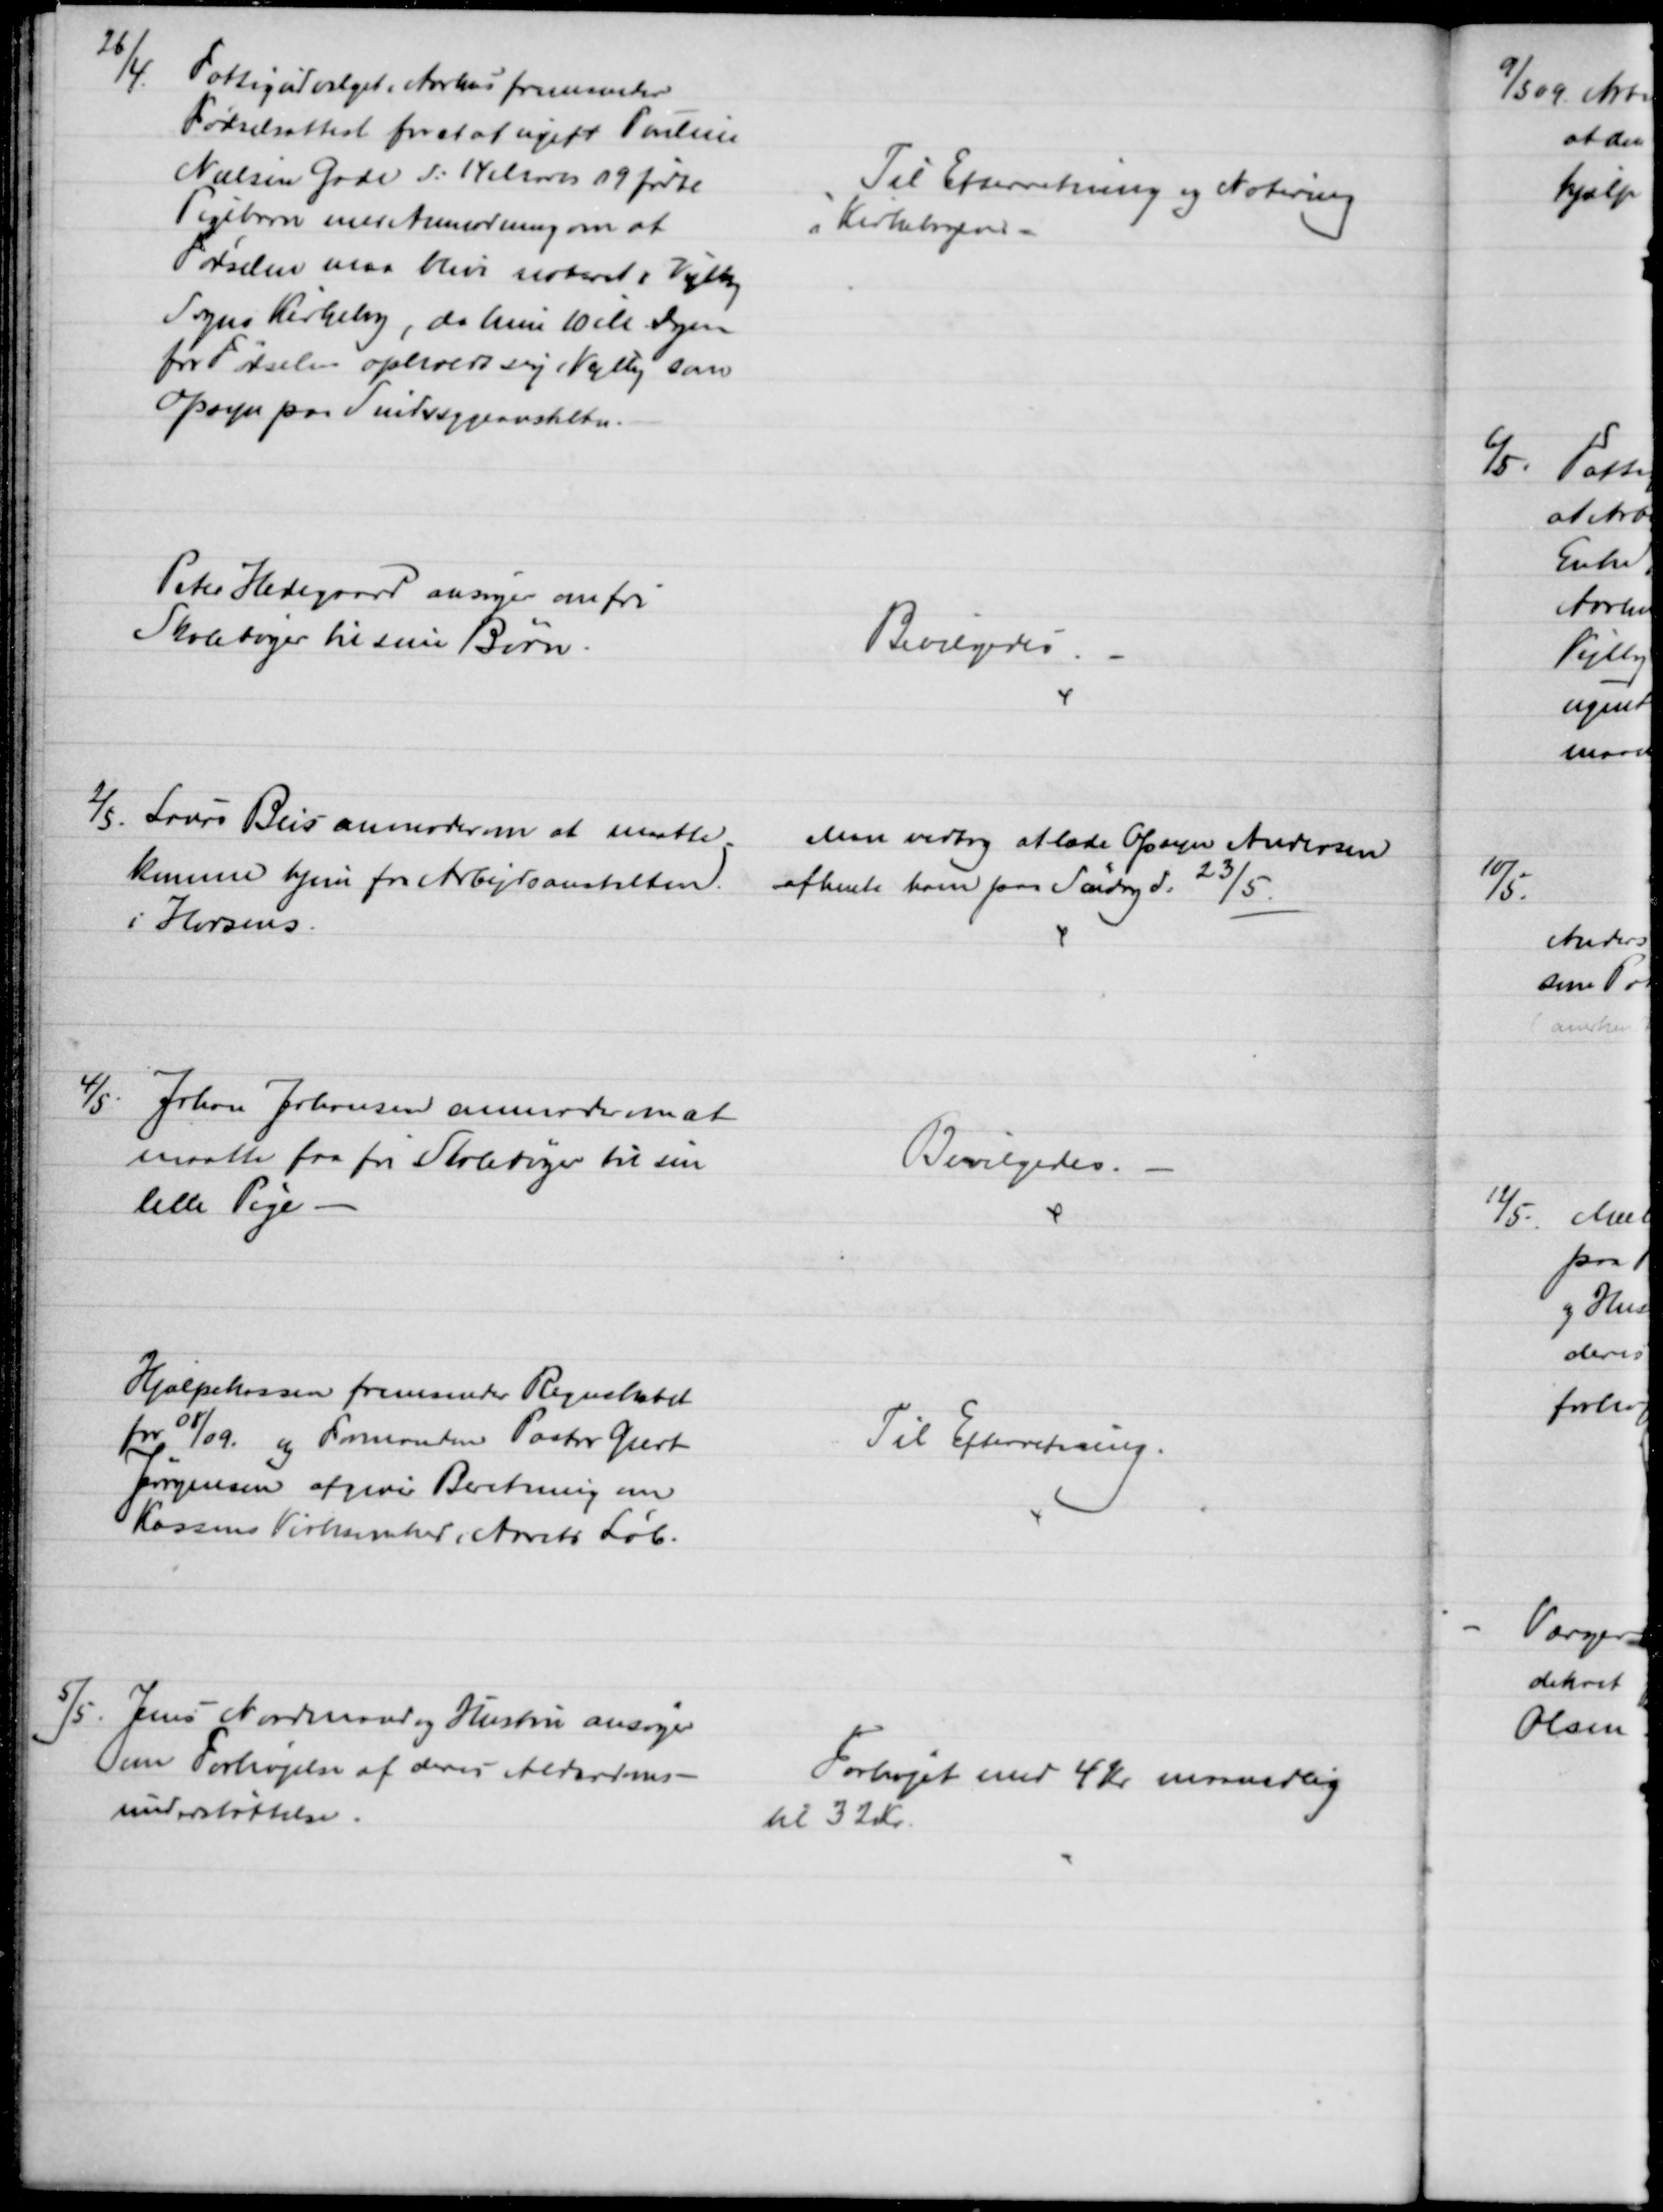
Transskription:
26/4.
Fattigudvalget i Aarhus fremsender
Fødselsattest for et af ugift Pouline
Nielsen Gade d: 14 Marts 09 fødte
Pigebarn med Anmodning om at
Fødselen maa blive noteret i Vejlby
Sogns Kirkebog, da hun 10 M Dagen
for Fødselen opholdt sig i Vejlby som
Opsyn paa Sindssygeanstalten.
Til Efterretning og Notering
i Kirkebogen
Peter Hedegaard ansøger om fri
Skolebøger til sine Børn.
Bevilgedes.
2/5. 
Laurs Beis anmoder om at maatte
komme hjem fra Arbejdsanstalten.
i Horsens.
Man vedtog at lade Opsyn Andersen
afhente ham paa Søndag d. 23/5.
4/5.
Johan Johansen anmoder om at
maatte faa fri Skolebøger til sin
lille Pige
Bevilgedes.
Hjælpekassen fremsender Regnskabet
for 08/09. og Formanden Pastor Geert
Jørgensen afgiver Beretning om
Kassens Virksomhed i Aarets Løb.
Til Efterretning.
5/5. Jens Nordmand og Hustru ansøger
om Forhøjelse af deres Alderdoms-
understøttelse.
Forhøjet med 4 Kr maanedlig
til 32 Kr.